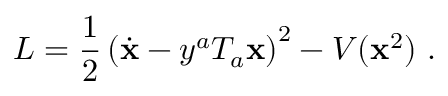
L = \frac { 1 } { 2 } \left( \dot { \bf x } - y ^ { a } T _ { a } { \bf x } \right) ^ { 2 } - V ( { \bf x } ^ { 2 } ) \ .